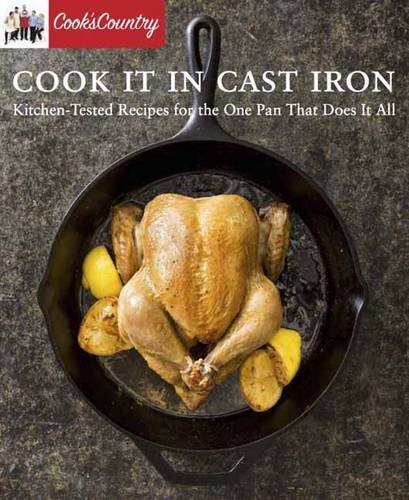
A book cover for Cook It in Cast Iron: Kitchen-Tested Recipes for the One Pan That Does It All (Cook's Country); Cookbooks, Food & Wine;